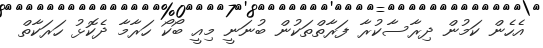
އެހެން ކަމުން ދިރާސާކުރާ ފަރާތްތަކުން ބުނަނީ މިއީ ބޯކޯ ހަރާމާ ދެކޮޅު ހަރަކާތް